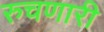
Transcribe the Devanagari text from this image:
रुचणारी